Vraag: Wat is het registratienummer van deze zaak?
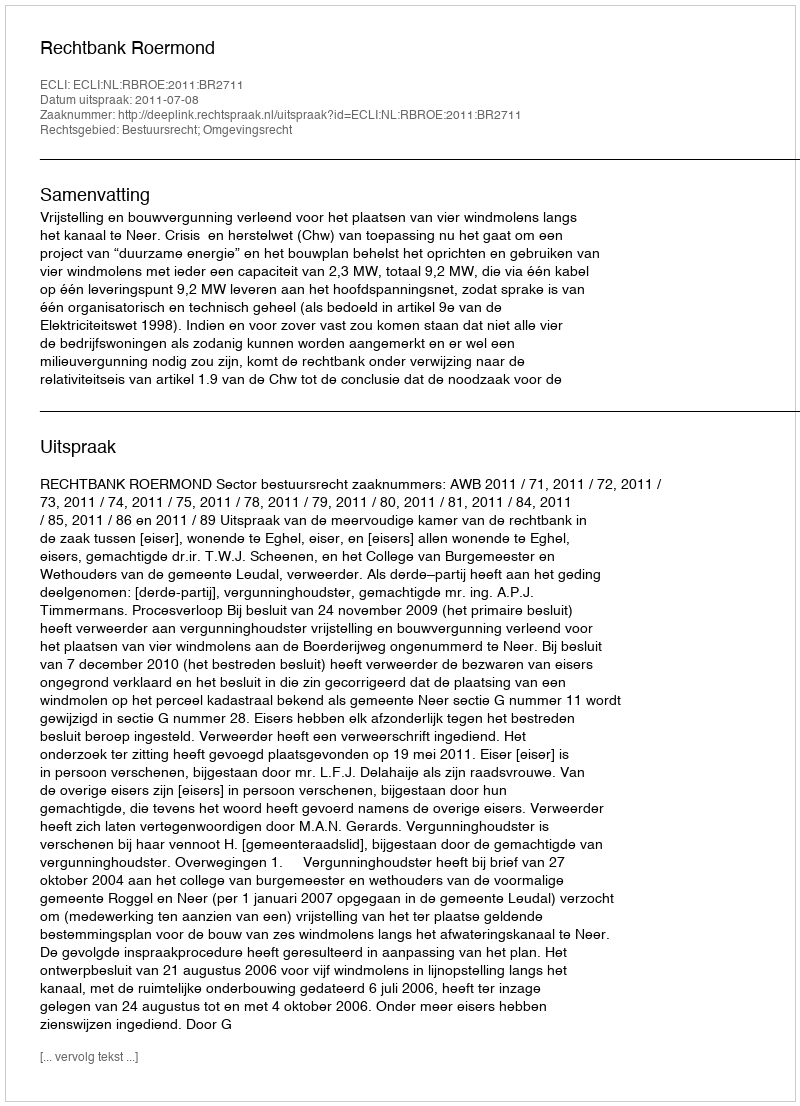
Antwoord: http://deeplink.rechtspraak.nl/uitspraak?id=ECLI:NL:RBROE:2011:BR2711